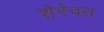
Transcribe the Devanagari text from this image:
शेरेवत